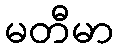
မတီမာ